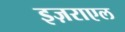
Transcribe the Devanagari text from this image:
इज़राएल